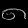
Digit: ၈